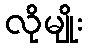
လိုမျိုး